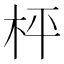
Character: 枰